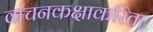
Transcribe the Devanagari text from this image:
वाचनकक्षाकरिता